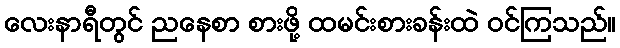
လေးနာရီတွင် ညနေစာ စားဖို့ ထမင်းစားခန်းထဲ ဝင်ကြသည်။